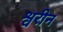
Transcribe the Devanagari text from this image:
श्वरीन